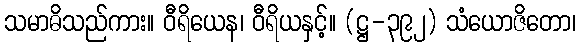
သမာဓိသည်ကား။ ဝီရိယေန၊ ဝီရိယနှင့်။ (ဋ္ဌ-၃၉၂) သံယောဇိတော၊